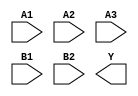
module sky130_fd_sc_ms__o32ai (
    //# {{data|Data Signals}}
    input  A1,
    input  A2,
    input  A3,
    input  B1,
    input  B2,
    output Y
);

    // Voltage supply signals
    supply1 VPWR;
    supply0 VGND;
    supply1 VPB ;
    supply0 VNB ;

endmodule